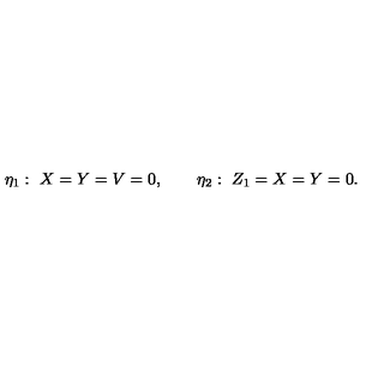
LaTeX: \eta _ { 1 } : \ X = Y = V = 0 , \qquad \eta _ { 2 } : \ Z _ { 1 } = X = Y = 0 .